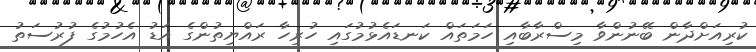
ކުރިއަށްދާން ބޭނުންވާ މިސްރާބާއި ހަމަތައް ކަނޑައެޅުމުގައި ހުރިހާ ރައްޔިތުންގެ އަޑު އެހުމުގެ ފުރުސަތު